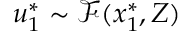
\displaystyle u _ { 1 } ^ { * } \sim \mathcal { F } ( \boldsymbol { x } _ { 1 } ^ { * } , Z )